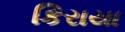
કિરાયા